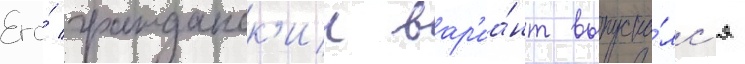
Его́ гражданск'ии вар'иа́нт выпуска́лс'я